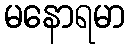
မနောရမာ